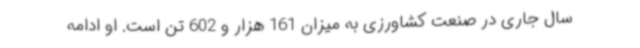
سال جاری در صنعت کشاورزی به میزان 161 هزار و 602 تن است. او ادامه